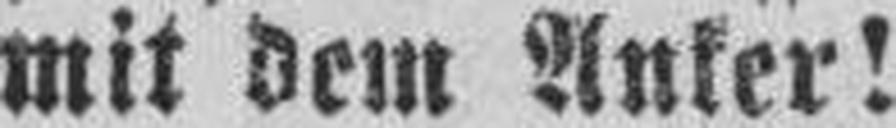
mit dem Anker!